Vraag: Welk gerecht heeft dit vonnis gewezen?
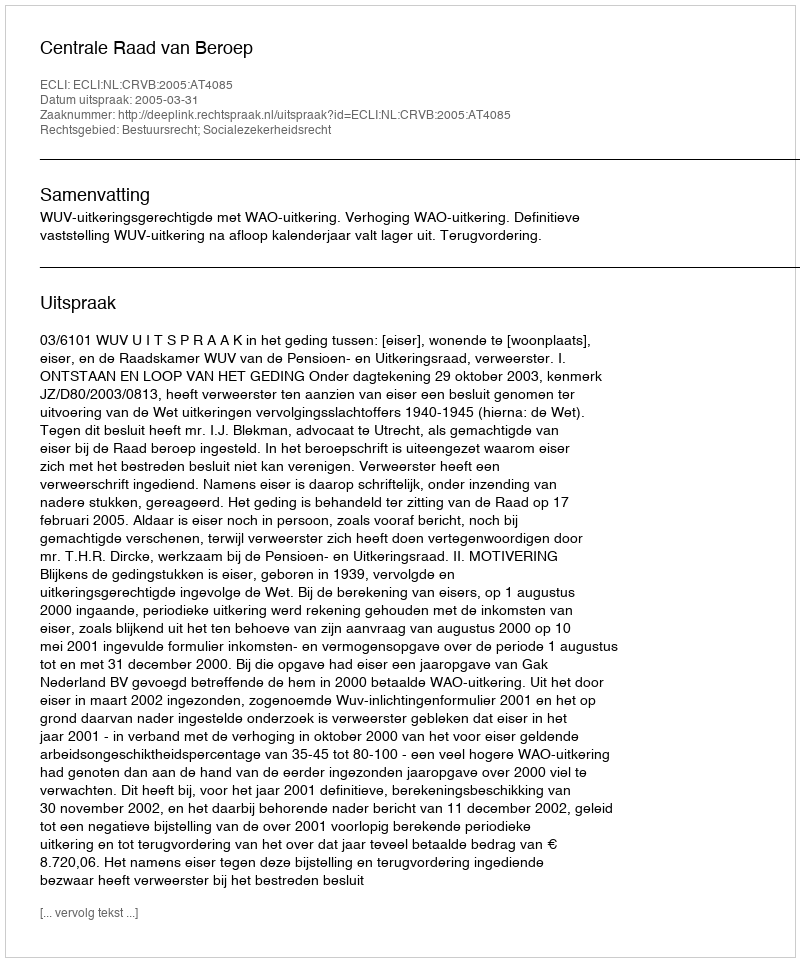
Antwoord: Centrale Raad van Beroep